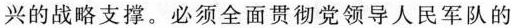
兴的战略支撑。必须全面贯彻党领导人民军队的